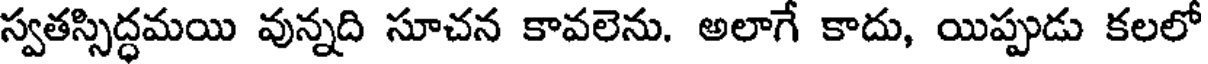
స్వతస్సిద్ధమయి వున్నది సూచన కావలెను. అలాగే కాదు, యిప్పుడు కలలో